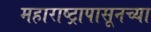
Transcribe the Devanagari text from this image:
महाराष्ट्रापासूनच्या